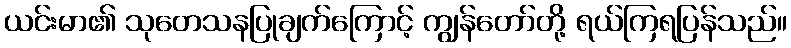
ယင်းမာ၏ သုတေသနပြုချက်ကြောင့် ကျွန်တော်တို့ ရယ်ကြရပြန်သည်။